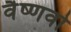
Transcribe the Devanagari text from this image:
वैष्‍णवो